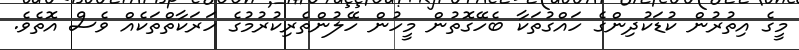
މީގެ އިތުރުން ކުޑަކުދިންގެ ހައްގުތަކާ ބެހޭގޮތުން މީހުން ހޭލުންތެރިކުރުމުގެ ހަރަކާތްތަކެއް ވެސް އޮތެވެ.